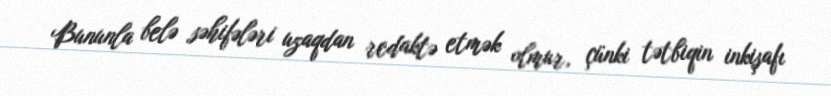
Bununla belə səhifələri uzaqdan redaktə etmək olmur, çünki tətbiqin inkişafı